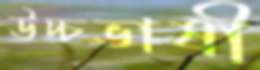
উচ্চভাষী